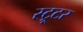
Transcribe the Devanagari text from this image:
स्ट्रूटर